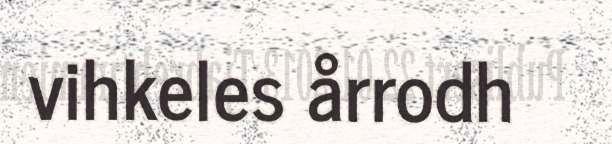
vihkeles årrodh